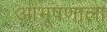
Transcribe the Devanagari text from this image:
आभूषणाला